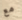
مع